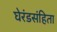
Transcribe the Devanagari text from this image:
घेरंडसंहिता